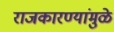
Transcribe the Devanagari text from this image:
राजकारण्यांमुळे